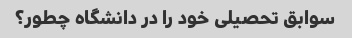
سوابق تحصیلی خود را در دانشگاه چطور؟